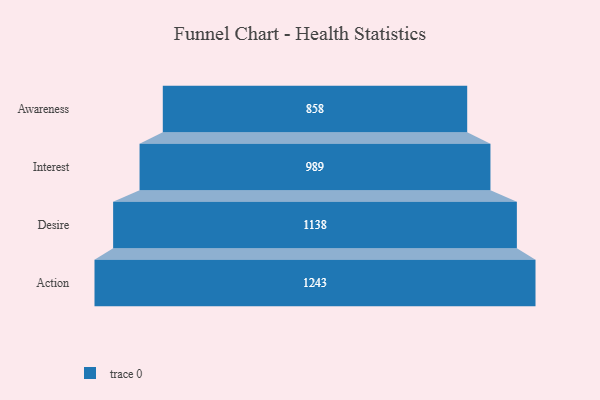
{"axis": {"x": "Stage", "y": "Value"}, "legend": [""], "data": [{"x": "Awareness", "y": 858.0, "type": ""}, {"x": "Interest", "y": 989.0, "type": ""}, {"x": "Desire", "y": 1138.0, "type": ""}, {"x": "Action", "y": 1243.0, "type": ""}]}